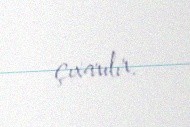
çıxarılır.